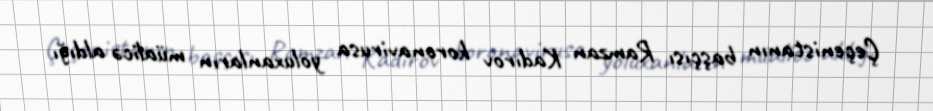
Çeçenistanın başçısı Ramzan Kadırov koronavirusa yoluxanların müalicə aldığı